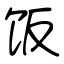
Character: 饭